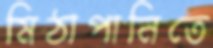
মিঠাপানিতে